画像に写った文字を読んでください
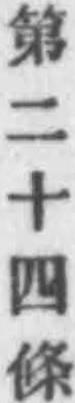
「第二十四條」と書いてあります